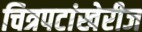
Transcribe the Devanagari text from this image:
चित्रपटांखेरीज